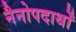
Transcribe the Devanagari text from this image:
नैनोपदार्थों